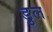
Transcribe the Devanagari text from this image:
डुल